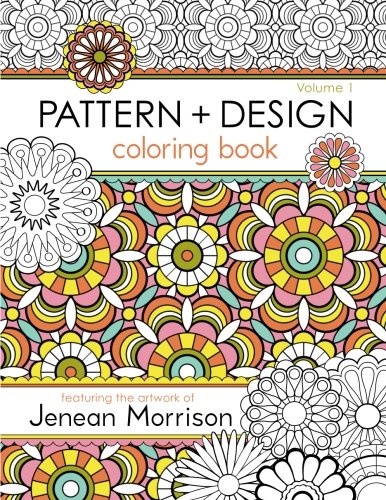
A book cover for Pattern and Design Coloring Book (Volume 1); Jenean Morrison; Arts & Photography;